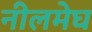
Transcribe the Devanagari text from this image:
नीलमेघ